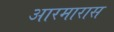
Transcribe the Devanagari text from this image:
आरमारास